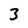
Character: 3